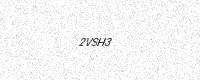
Text: 2VSH3